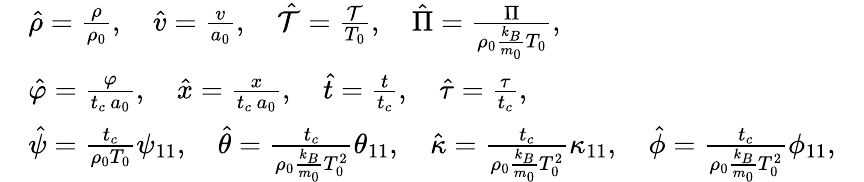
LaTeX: \begin{array}{rl}&{\hat{\rho}=\frac{\rho}{\rho_{0}},\quad\hat{v}=\frac{v}{a_{0}},\quad\hat{\mathcal{T}}=\frac{\mathcal{T}}{T_{0}},\quad\hat{\Pi}=\frac{\Pi}{\rho_{0}\frac{k_{B}}{m_{0}}T_{0}},}\\ &{\hat{\varphi}=\frac{\varphi}{t_{c}\, a_{0}},\quad\hat{x}=\frac{x}{t_{c}\, a_{0}},\quad\hat{t}=\frac{t}{t_{c}},\quad\hat{\tau}=\frac{\tau}{t_{c}},}\\ &{\hat{\psi}=\frac{t_{c}}{\rho_{0}T_{0}}\psi_{11},\quad\hat{\theta}=\frac{t_{c}}{\rho_{0}\frac{k_{B}}{m_{0}}T_{0}^{2}}\theta_{11},\quad\hat{\kappa}=\frac{t_{c}}{\rho_{0}\frac{k_{B}}{m_{0}}T_{0}^{2}}\kappa_{11},\quad\hat{\phi}=\frac{t_{c}}{\rho_{0}\frac{k_{B}}{m_{0}}T_{0}^{2}}\phi_{11},\quad}\end{array}